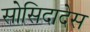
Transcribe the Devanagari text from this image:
सोसिदादेस